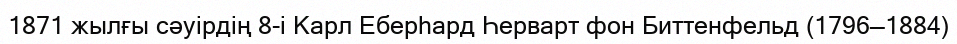
1871 жылғы сәуірдің 8-і Карл Еберһард Һерварт фон Биттенфельд (1796—1884)